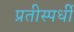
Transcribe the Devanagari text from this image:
प्रतीस्पर्धी